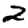
Digit: 2